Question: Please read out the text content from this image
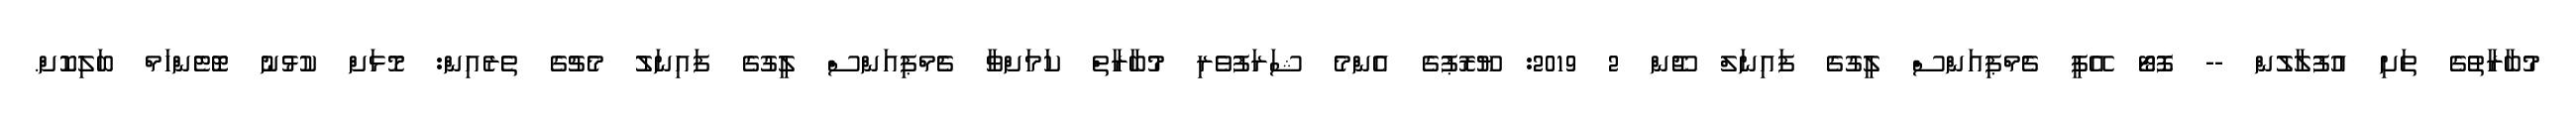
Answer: މުބާރާތުގެ ތަށި އުފުލާލުން -- ފޮޓޯ އޭޕީ ޗެމްޕިއަންސް ލީގުގެ ފައިނަލް ޖޫން 2 2019: ޔޫރޮޕުގެ އެންމެ ޝަރަފުވެރި މުބާރާތް ކަމަށްވާ ޗެމްޕިއަންސް ލީގުގެ ފައިނަލު މެޗުގެ ތެރެއިން: މޮޅަށް ކުޅުނު ޓޮޓެންހަމް ބަލިކޮށް.